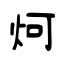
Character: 炣